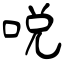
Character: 哾